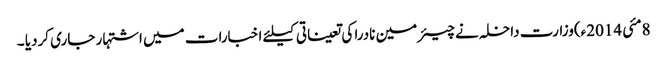
8مئی 2014ء)وزارت داخلہ نے چیئرمین نادرا کی تعیناتی کیلئے اخبارات میں اشتہار جاری کردیا ۔